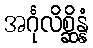
အင်္ဂုလိစ္ဆိန္နံ